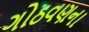
ગોઠવણના